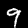
Label: 9